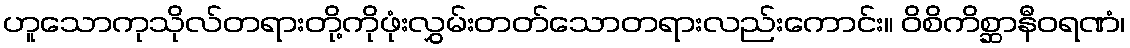
ဟူသောကုသိုလ်တရားတို့ကိုဖုံးလွှမ်းတတ်သောတရားလည်းကောင်း။ ဝိစိကိစ္ဆာနီဝရဏံ၊